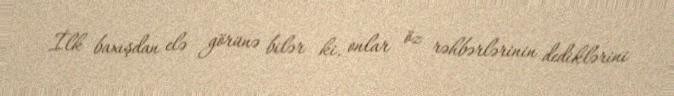
İlk baxışdan elə görünə bilər ki, onlar öz rəhbərlərinin dediklərini